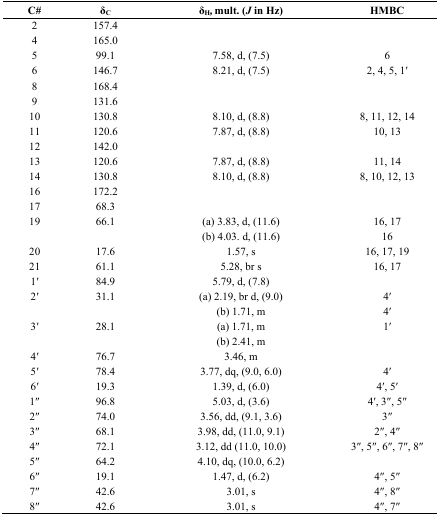
<table><thead><tr><td><b>C#</b></td><td><b>δ<sub>C</sub></b></td><td><b>δ<sub>H</sub><i>,</i> mult. (<i>J</i> in Hz)</b></td><td><b>HMBC</b></td></tr></thead><tbody><tr><td>2</td><td>157.4</td><td></td><td></td></tr><tr><td>4</td><td>165.0</td><td></td><td></td></tr><tr><td>5</td><td>99.1</td><td>7.58, d, (7.5)</td><td>6</td></tr><tr><td>6</td><td>146.7</td><td>8.21, d, (7.5)</td><td>2, 4, 5, 1′</td></tr><tr><td>8</td><td>168.4</td><td></td><td></td></tr><tr><td>9</td><td>131.6</td><td></td><td></td></tr><tr><td>10</td><td>130.8</td><td>8.10, d, (8.8)</td><td>8, 11, 12, 14</td></tr><tr><td>11</td><td>120.6</td><td>7.87, d, (8.8)</td><td>10, 13</td></tr><tr><td>12</td><td>142.0</td><td></td><td></td></tr><tr><td>13</td><td>120.6</td><td>7.87, d, (8.8)</td><td>11, 14</td></tr><tr><td>14</td><td>130.8</td><td>8.10, d, (8.8)</td><td>8, 10, 12, 13</td></tr><tr><td>16</td><td>172.2</td><td></td><td></td></tr><tr><td>17</td><td>68.3</td><td></td><td></td></tr><tr><td>19</td><td>66.1</td><td>(a) 3.83, d, (11.6)</td><td>16, 17</td></tr><tr><td></td><td></td><td>(b) 4.03. d, (11.6)</td><td>16</td></tr><tr><td>20</td><td>17.6</td><td>1.57, s</td><td>16, 17, 19</td></tr><tr><td>21</td><td>61.1</td><td>5.28, br s</td><td>16, 17</td></tr><tr><td>1′</td><td>84.9</td><td>5.79, d, (7.8)</td><td></td></tr><tr><td>2′</td><td>31.1</td><td>(a) 2.19, br d, (9.0)</td><td>4′</td></tr><tr><td></td><td></td><td>(b) 1.71, m</td><td>4′</td></tr><tr><td>3′</td><td>28.1</td><td>(a) 1.71, m</td><td>1′</td></tr><tr><td></td><td></td><td>(b) 2.41, m</td><td></td></tr><tr><td>4′</td><td>76.7</td><td>3.46, m</td><td></td></tr><tr><td>5′</td><td>78.4</td><td>3.77, dq, (9.0, 6.0)</td><td>4′</td></tr><tr><td>6′</td><td>19.3</td><td>1.39, d, (6.0)</td><td>4′, 5′</td></tr><tr><td>1′′</td><td>96.8</td><td>5.03, d, (3.6)</td><td>4′, 3′′, 5′′</td></tr><tr><td>2′′</td><td>74.0</td><td>3.56, dd, (9.1, 3.6)</td><td>3′′</td></tr><tr><td>3′′</td><td>68.1</td><td>3.98, dd, (11.0, 9.1)</td><td>2′′, 4′′</td></tr><tr><td>4′′</td><td>72.1</td><td>3.12, dd (11.0, 10.0)</td><td>3′′, 5′′, 6′′, 7′′, 8′′</td></tr><tr><td>5′′</td><td>64.2</td><td>4.10, dq, (10.0, 6.2)</td><td></td></tr><tr><td>6′′</td><td>19.1</td><td>1.47, d, (6.2)</td><td>4′′, 5′′</td></tr><tr><td>7′′</td><td>42.6</td><td>3.01, s</td><td>4′′, 8′′</td></tr><tr><td>8′′</td><td>42.6</td><td>3.01, s</td><td>4′′, 7′′</td></tr></tbody></table>